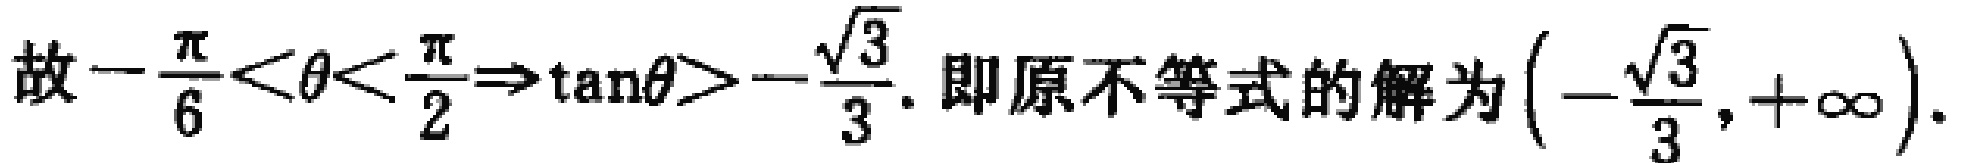
故\(-\frac{\pi}{6}<\theta<\frac{\pi}{2}\Rightarrow\tan\theta>-\frac{\sqrt{3}}{3}\). 即原不等式的解为\(\left(-\frac{\sqrt{3}}{3},+\infty\right)\).